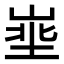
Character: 𪨽